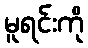
မူရင်းကို